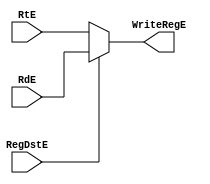
`timescale 1ns / 1ps

module MUXDst
   (
    input [4:0]  RtE,
    input [4:0]  RdE,
    input 	       RegDstE,
    output [4:0] WriteRegE
    );

   assign WriteRegE=(RegDstE)?RdE:RtE;
   
endmodule // MUXDst